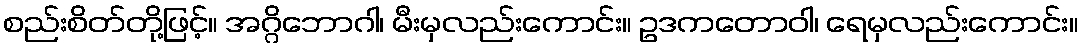
စည်းစိတ်တို့ဖြင့်။ အဂ္ဂိဘောဂါ၊ မီးမှလည်းကောင်း။ ဥဒကတောဝါ၊ ရေမှလည်းကောင်း။